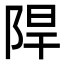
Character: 𮥈